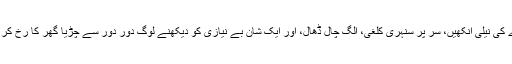
اس پرندے کی نیلی آنکھیں، سر پر سنہری کلغی، الگ چال ڈھال، اور ایک شان بے نیازی کو دیکھنے لوگ دور دور سے چڑیا گھر کا رخ کر رہے ہیں۔